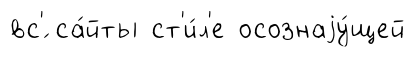
вс'́ са́йты ст'и́л'е осознаjу́щей